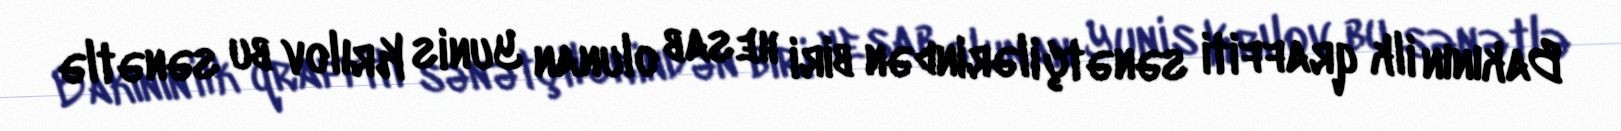
Bakının ilk qraffiti sənətçilərindən biri hesab olunan Yunis Krılov bu sənətlə